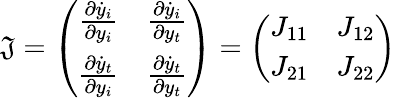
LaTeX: \mathfrak{J}=\left(\begin{array}{cc}{\frac{\partial\dot{y}_{i}}{\partial y_{i}}}&{\frac{\partial\dot{y}_{i}}{\partial y_{t}}}\\ {\frac{\partial\dot{y}_{t}}{\partial y_{i}}}&{\frac{\partial\dot{y}_{t}}{\partial y_{t}}}\end{array}\right)=\left(\begin{array}{cc}{J_{11}}&{J_{12}}\\ {J_{21}}&{J_{22}}\end{array}\right)